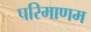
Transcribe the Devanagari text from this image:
परिमाणम